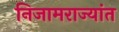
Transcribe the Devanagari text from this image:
निजामराज्यांत